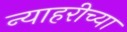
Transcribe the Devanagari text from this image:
न्याहरीच्या